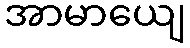
အာမာယျေ